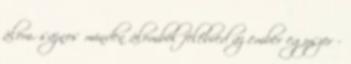
álom. sajnos minden álomból felébred az ember egyszer -